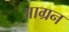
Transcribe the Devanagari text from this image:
आग्रन